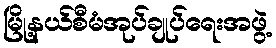
မြို့နယ်စီမံအုပ်ချုပ်ရေးအဖွဲ့